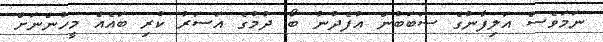
ނަމަވެސް އަލިފާނުގެ ސަބަބުން އުފެދުނު ބޯ ދުމުގެ އަސަރު ކުރި ބައެއް މީހުންނަށް